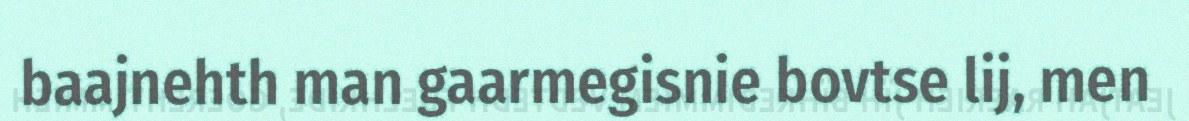
baajnehth man gaarmegisnie bovtse lij, men